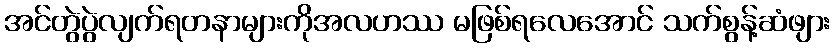
အင်တွဲပွဲလျက်ရတနာများကိုအလဟဿ မဖြစ်ရလေအောင် သက်စွန့်ဆံဖျား